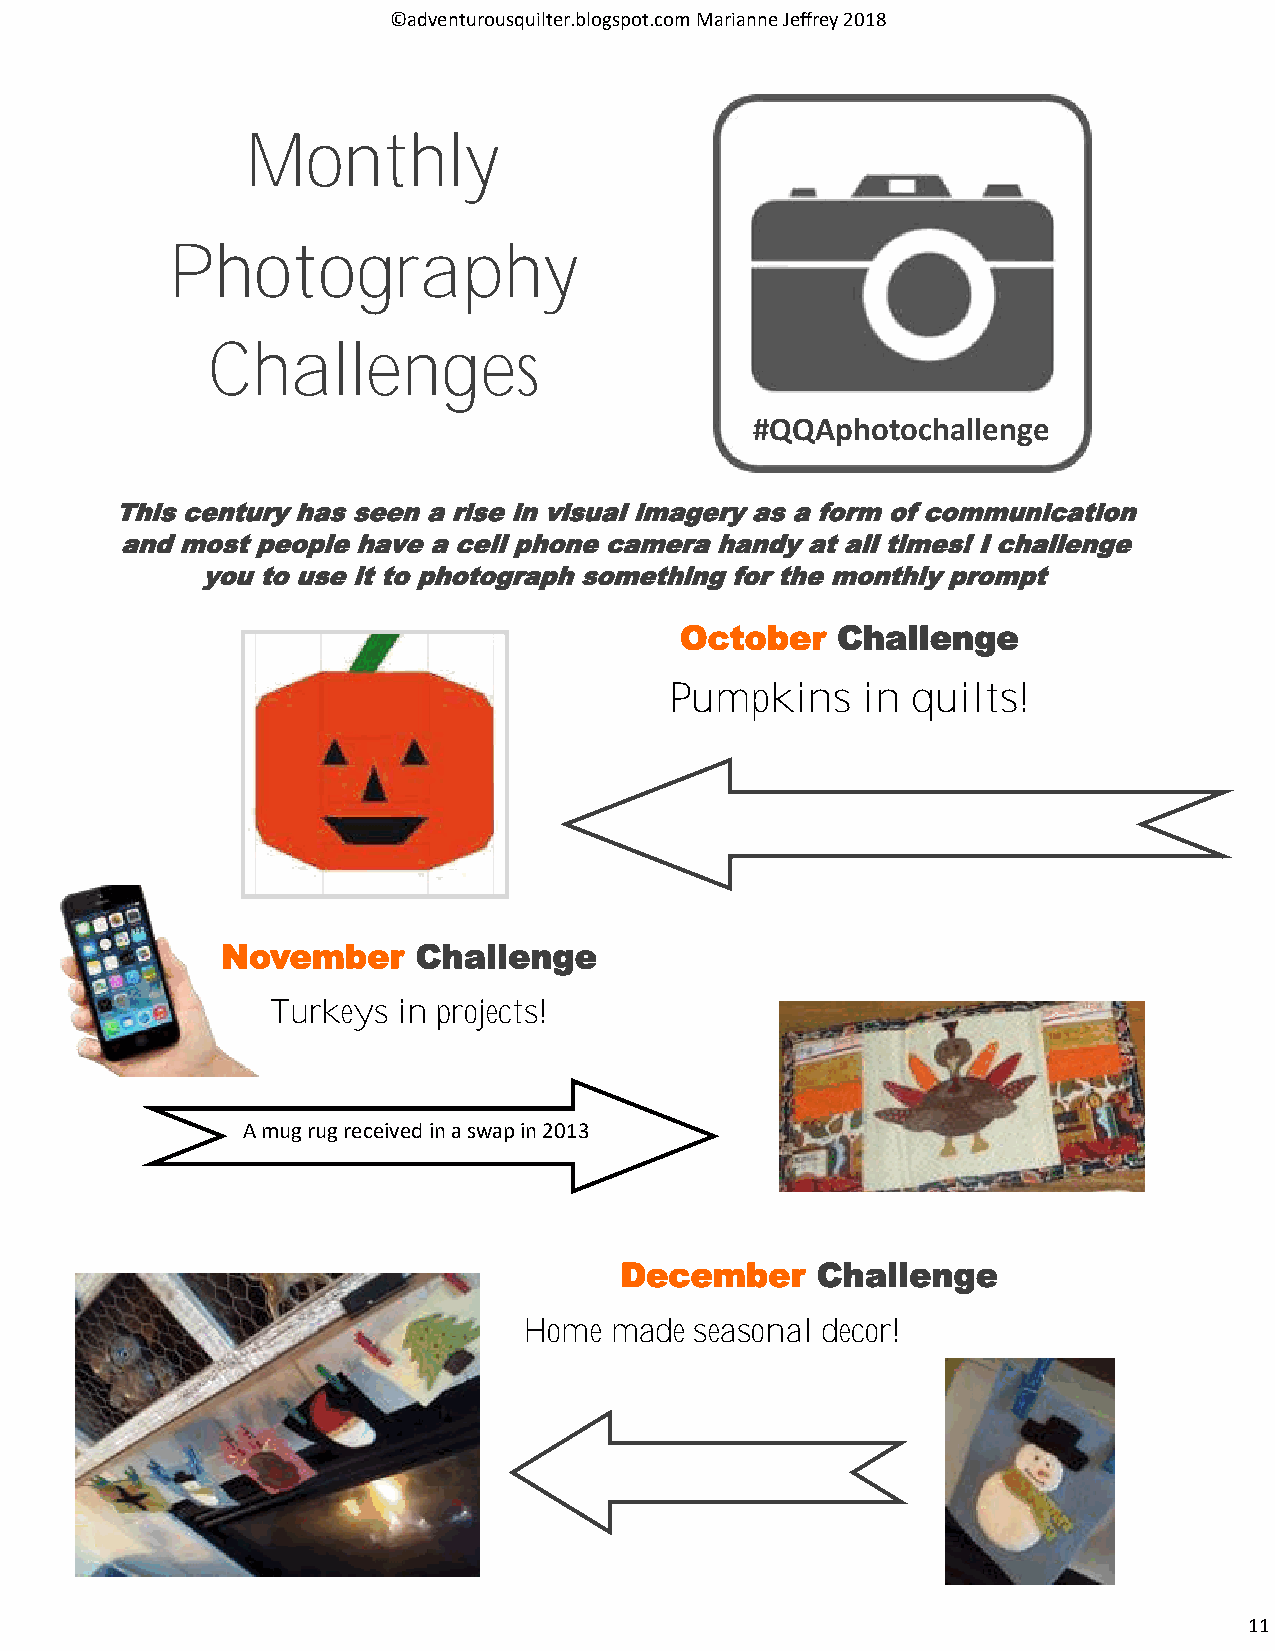
©adventurousquilter.blogspot.com Marianne Jeffrey 2018
 Monthly
 Photography
 Challenges
 #QQAphotochallenge
 This century has seen a rise in visual imagery as a form of communication
 and most people have a cell phone camera handy at all times! I challenge
 you to use it to photograph something for the monthly prompt
 October   Challenge
 Pumpkins     in quilts!
 November     Challenge
 Turkeys in projects!
 A mug rug received in a swap in 2013
 December     Challenge
 Home made  seasonal decor!
 11